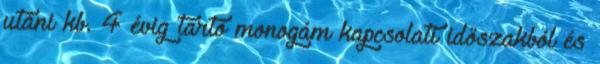
utáni kb. 4 évig tartó monogám kapcsolati időszakból és